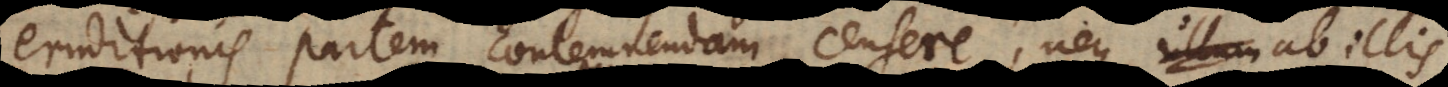
eruditionis partem contemnendam censere, neque ab illis